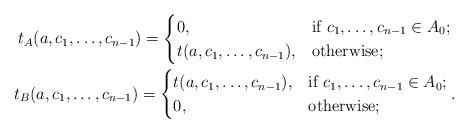
LaTeX: \begin{gather*}t_A(a,c_1,\dots,c_{n-1})=\begin{cases} 0, & \textrm{if } c_1,\dots,c_{n-1}\in A_0;\\t(a,c_1,\dots,c_{n-1}), & \textrm{otherwise}; \end{cases}\\t_B(a,c_1,\dots,c_{n-1})=\begin{cases} t(a,c_1,\dots,c_{n-1}), & \textrm{if } c_1,\dots,c_{n-1}\in A_0;\\0, & \textrm{otherwise}; \end{cases}.\end{gather*}